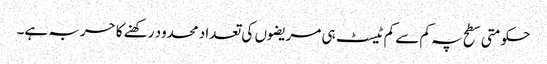
حکومتی سطح پہ کم سے کم ٹیسٹ ہی مریضوں کی تعداد محدود رکھنے کا حربہ ہے۔